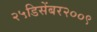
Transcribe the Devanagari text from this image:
२५डिसेंबर२००९